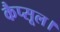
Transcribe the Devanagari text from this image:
कैप्सूल।